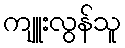
ကျူးလွန်သူ